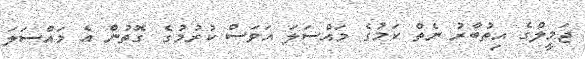
ޖަމީލްގެ އިތުބާރު ނެތް ކަމުގެ މައްސަލަ އަވަސް ކުރުމުގެ ގޮތުން އެ މައްސަލަ